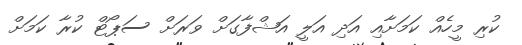
ކުރި މީހެއް ކަމަށާއި އަދި އަލީ އަޝްފާގަށް ވަަރަށް ސަޕޯޓް ކުރާ ކަަމަށް